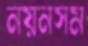
নয়নসম